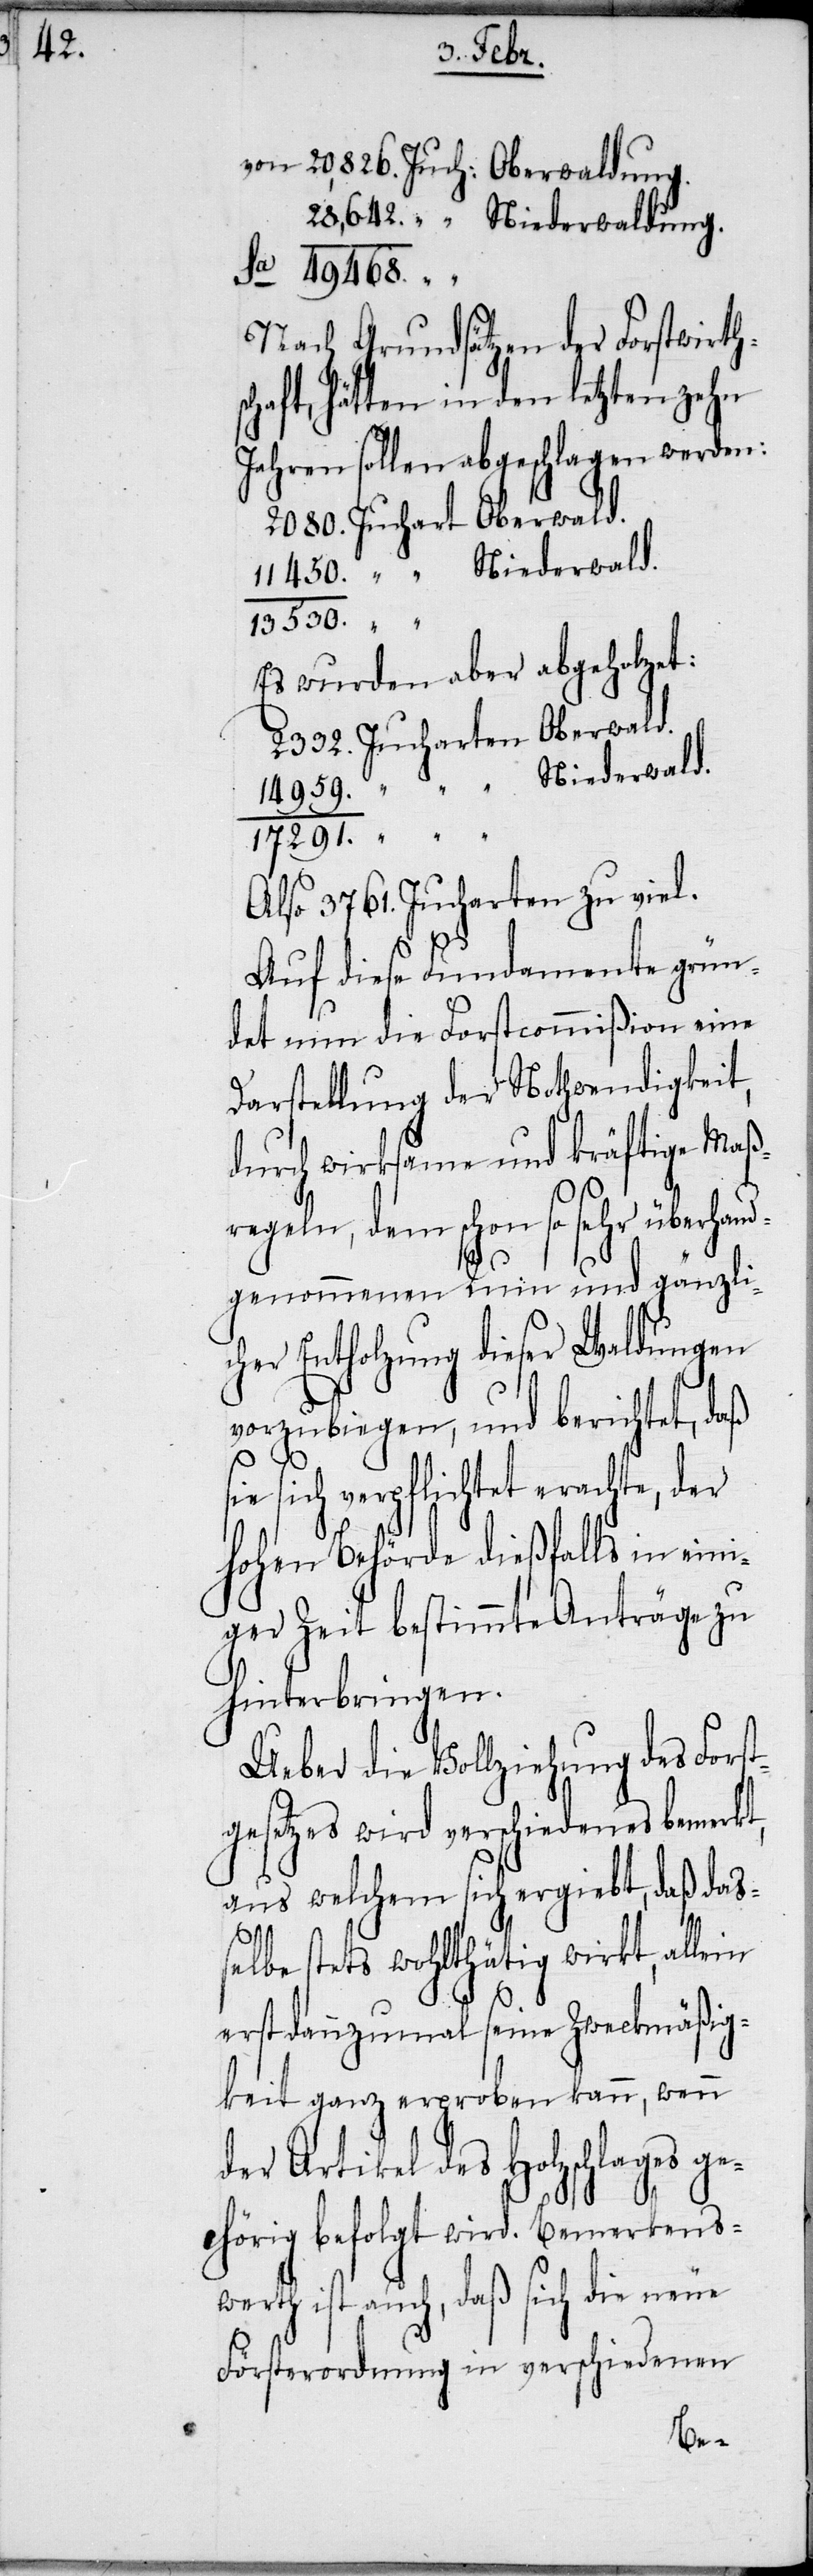
„ Niederwaldung.
Sa 49468.
Nach Grundsätzen der Forstwirt¬
haft, hätten in den letzten zehn
Jahren sollen abgeschlagen werden:
Juchart Oberwald.
„ Niederwald.
13530.
Es wurden aber abgeholzet:
Jucharten Oberwald.
Also 3761. Jucharten zu viel.
Auf diese Fundamente grün¬
det nun die Forstcommißion eine
Darstellung der Nothwendigkeit,
durch wirksame und kräftige Maß¬
regeln, dem schon so sehr überha¬
ndgenommenen Ruin und gänzlic¬
her Entholzung dieser Waldungen
vorzubiegen, und berichtet, daß
sie sich verpflichtet erachte, der
hohen Behörde dießfalls in eini¬
ger Zeit bestimmte Anträge zu
hinterbringen.
Ueber die Vollziehung des Forst¬
gesetzes wird verschiedenes bemerkt,
aus welchem sich ergiebt, daß das¬
„
selbe stets wohlthätig wirkt, allein
erst dannzumal seine Zweckmäßig¬
keit ganz erproben kann, wenn
der Artikel des Holzschlages g¬
ehörig befolgt wird. Bemerkens¬
werth ist auch, daß sich die neue
Försterordnung in verschiedenen
hsc¬